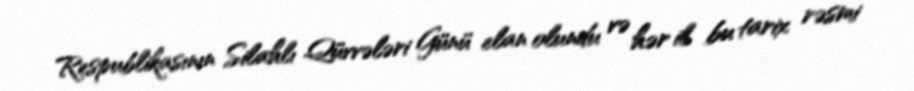
Respublikasının Silahlı Qüvvələri Günü elan olundu və hər il bu tarix rəsmi